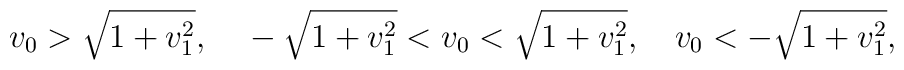
v_0>\sqrt{1+v_1^2},~~~-\sqrt{1+v_1^2}<v_0<\sqrt{1+v_1^2},~~~ v_0<-\sqrt{1+v_1^2},